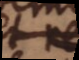
et de